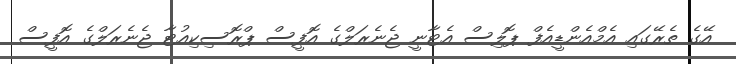
އޭގެ ތެރޭގައި އެމްއެންޑީއެފް ޕޮލިސް އެޓާނީ ޖެނެރަލްގެ އޮފީސް ޕްރޮސިކިއުޓާ ޖެނެރަލްގެ އޮފީސް